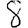
Digit: 8